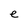
Character: e